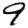
Digit: 9